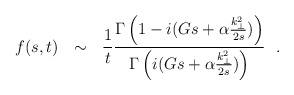
\begin{align*}f(s,t)~~\sim~~{1 \over t} { {\Gamma \left(1 - i(Gs + \alpha {k_{\perp}^2\over 2s} ) \right )} \over {\Gamma \left(i (Gs + \alpha {k_{\perp}^2\over 2s}) \right ) } }~~. \end{align*}